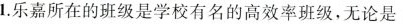
1.乐嘉所在的班级是学校有名的高效率班级，无论是